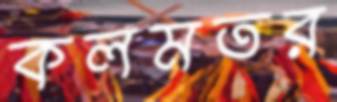
কলমতর